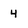
Character: 4